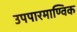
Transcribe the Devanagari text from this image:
उपपारमाण्विक